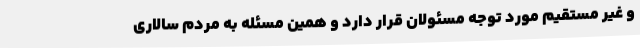
و غیر مستقیم مورد توجه مسئولان قرار دارد و همین مسئله به مردم سالاری